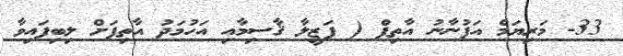
33- މަރިޔަމް އަފުނާނު އާތިފް ( ފަޒީލާ ޤާސިމާއި އަހުމަދު އާތިފަށް ލިބިފައިވާ